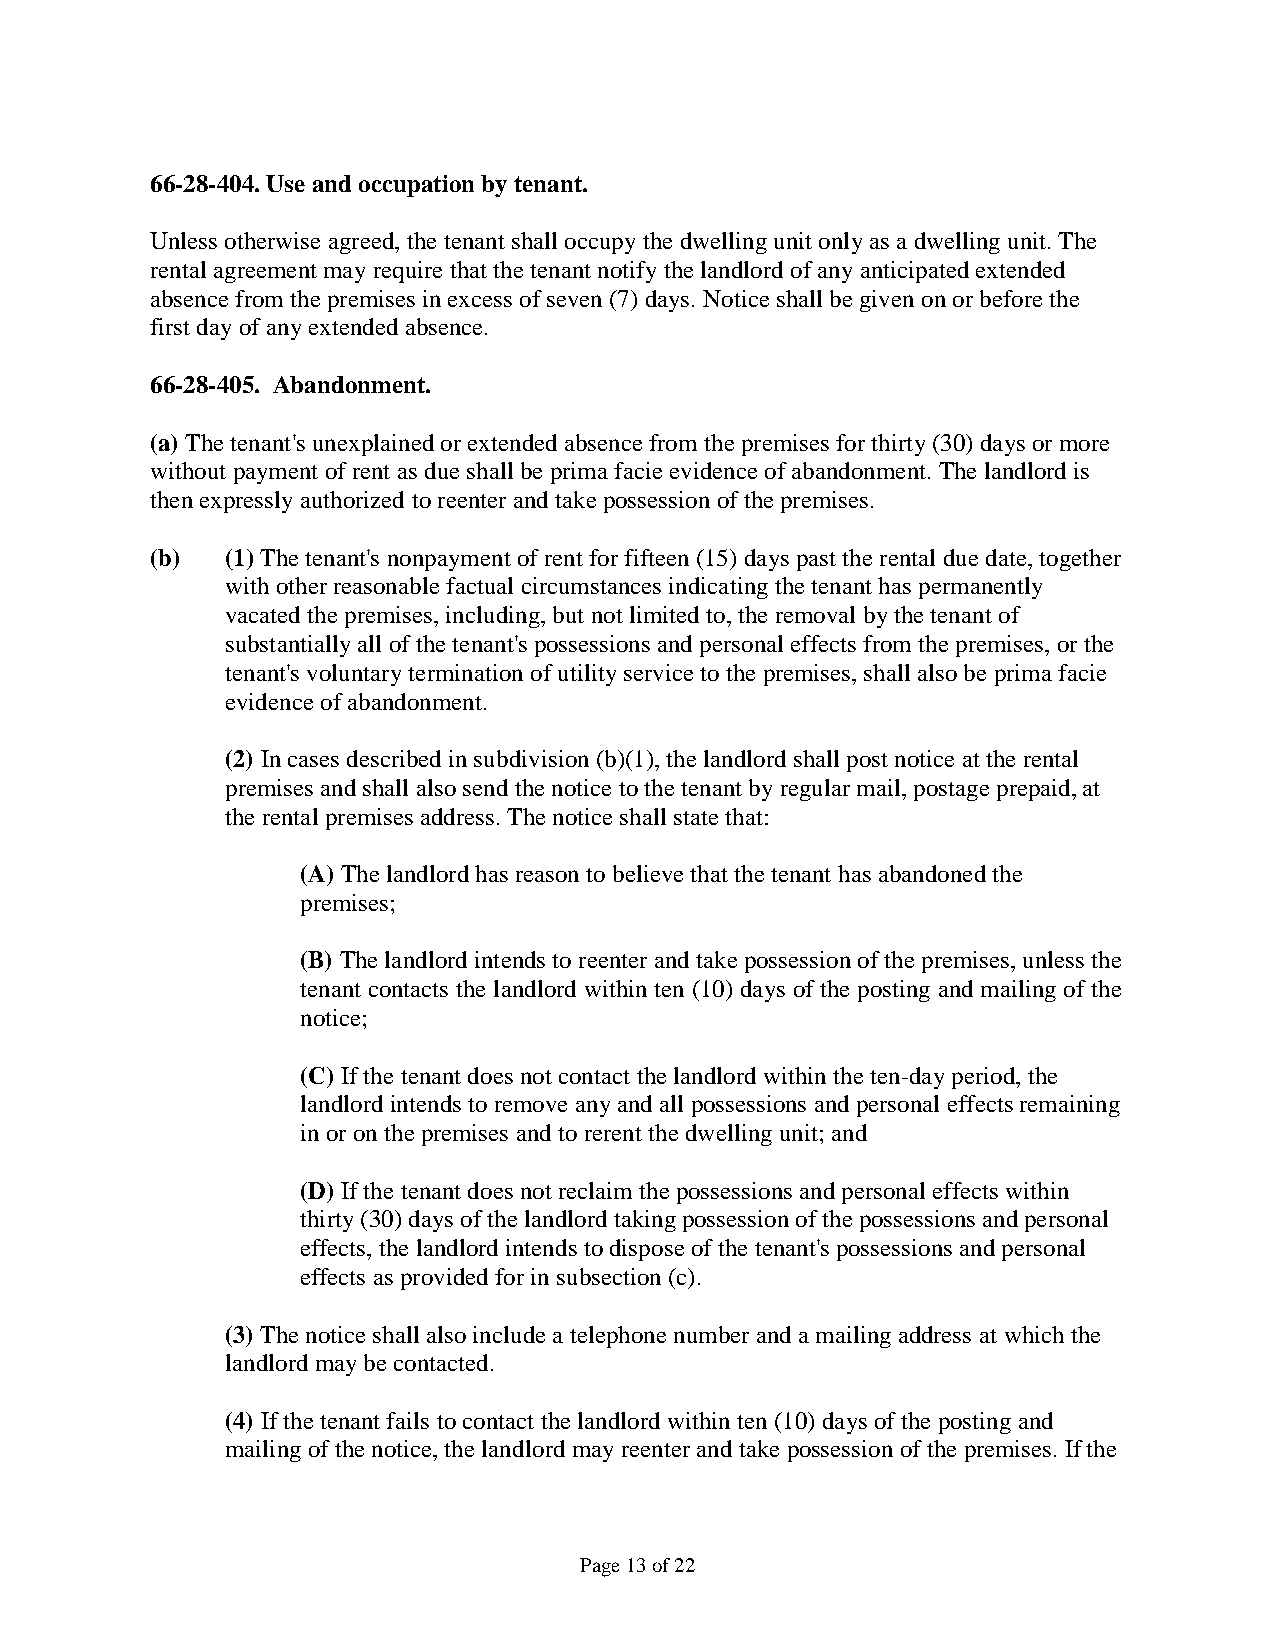
66-28-404. Use and occupation by tenant.
 Unless otherwise agreed, the tenant shall occupy the dwelling unit only as a dwelling unit. The
 rental agreement may require that the tenant notify the landlord of any anticipated extended
 absence from the premises in excess of seven (7) days. Notice shall be given on or before the
 first day of any extended absence.
 66-28-405. Abandonment.
 (a) The tenant's unexplained or extended absence from the premises for thirty (30) days or more
 without payment of rent as due shall be prima facie evidence of abandonment. The landlord is
 then expressly authorized to reenter and take possession of the premises.
 (b)  (1) The tenant's nonpayment of rent for fifteen (15) days past the rental due date, together
 with other reasonable factual circumstances indicating the tenant has permanently
 vacated the premises, including, but not limited to, the removal by the tenant of
 substantially all of the tenant's possessions and personal effects from the premises, or the
 tenant's voluntary termination of utility service to the premises, shall also be prima facie
 evidence of abandonment.
 (2) In cases described in subdivision (b)(1), the landlord shall post notice at the rental
 premises and shall also send the notice to the tenant by regular mail, postage prepaid, at
 the rental premises address. The notice shall state that:
 (A) The landlord has reason to believe that the tenant has abandoned the
 premises;
 (B) The landlord intends to reenter and take possession of the premises, unless the
 tenant contacts the landlord within ten (10) days of the posting and mailing of the
 notice;
 (C) If the tenant does not contact the landlord within the ten-day period, the
 landlord intends to remove any and all possessions and personal effects remaining
 in or on the premises and to rerent the dwelling unit; and
 (D) If the tenant does not reclaim the possessions and personal effects within
 thirty (30) days of the landlord taking possession of the possessions and personal
 effects, the landlord intends to dispose of the tenant's possessions and personal
 effects as provided for in subsection (c).
 (3) The notice shall also include a telephone number and a mailing address at which the
 landlord may be contacted.
 (4) If the tenant fails to contact the landlord within ten (10) days of the posting and
 mailing of the notice, the landlord may reenter and take possession of the premises. If the
 Page 13 of 22